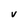
Character: V